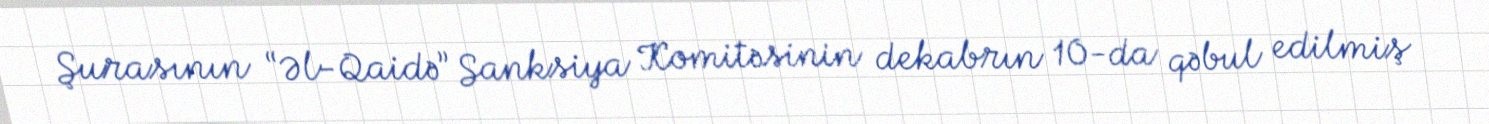
Şurasının “Əl-Qaidə” Sanksiya Komitəsinin dekabrın 10-da qəbul edilmiş